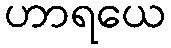
ဟာရယေ